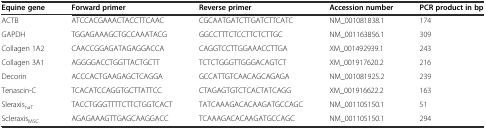
<table><thead><tr><td><b>Equine gene</b></td><td><b>Forward primer</b></td><td><b>Reverse primer</b></td><td><b>Accession number</b></td><td><b>PCR product in bp</b></td></tr></thead><tbody><tr><td>ACTB</td><td>ATCCACGAAACTACCTTCAAC</td><td>CGCAATGATCTTGATCTTCATC</td><td>NM_001081838.1</td><td>174</td></tr><tr><td>GAPDH</td><td>TGGAGAAAGCTGCCAAATACG</td><td>GGCCTTTCTCCTTCTCTTGC</td><td>NM_001163856.1</td><td>309</td></tr><tr><td>Collagen 1A2</td><td>CAACCGGAGATAGAGGACCA</td><td>CAGGTCCTTGGAAACCTTGA</td><td>XM_001492939.1</td><td>243</td></tr><tr><td>Collagen 3A1</td><td>AGGGGACCTGGTTACTGCTT</td><td>TCTCTGGGTTGGGACAGTCT</td><td>XM_001917620.2</td><td>216</td></tr><tr><td>Decorin</td><td>ACCCACTGAAGAGCTCAGGA</td><td>GCCATTGTCAACAGCAGAGA</td><td>NM_001081925.2</td><td>239</td></tr><tr><td>Tenascin-C</td><td>TCACATCCAGGTGCTTATTCC</td><td>CTAGAGTGTCTCACTATCAGG</td><td>XM_001916622.2</td><td>163</td></tr><tr><td>Sleraxis<sub>naT</sub></td><td>TACCTGGGTTTTCTTCTGGTCACT</td><td>TATCAAAGACACAAGATGCCAGC</td><td>NM_001105150.1</td><td>51</td></tr><tr><td>Scleraxis<sub>MSC</sub></td><td>AGAGAAAGTTGAGCAAGGACC</td><td>TCAAAGACACAAGATGCCAGC</td><td>NM_001105150.1</td><td>294</td></tr></tbody></table>